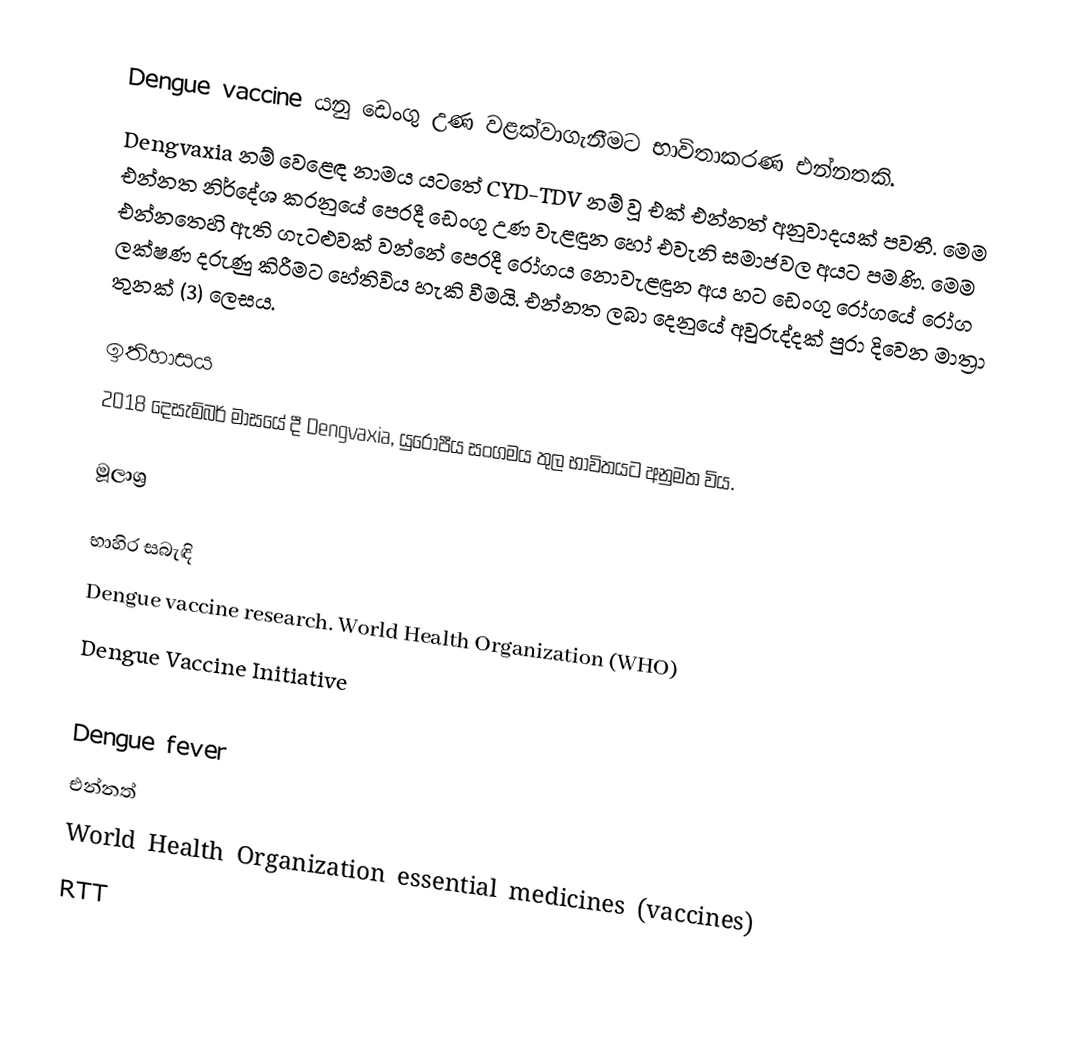
Dengue vaccine යනු ඩෙංගු උණ වළක්වාගැනීමට භාවිතාකරණ එන්නතකි.
Dengvaxia නම් වෙළෙඳ නාමය යටතේ CYD-TDV නම් වූ එක් එන්නත් අනුවාදයක් පවතී. මෙම එන්නත නිර්දේශ කරනුයේ පෙරදී ඩෙංගු උණ වැළඳුන හෝ එවැනි සමාජවල අයට පමණි. මෙම එන්නතෙහි ඇති ගැටළුවක් වන්නේ පෙරදී රෝගය නොවැළඳුන අය හට ඩෙංගු රෝගයේ රෝග ලක්ෂණ දරුණු කිරීමට හේතිවිය හැකි වීමයි. එන්නත ලබා දෙනුයේ අවුරුද්දක් පුරා දිවෙන මාත්‍රා තුනක් (3) ලෙසය.

ඉතිහාසය
2018 දෙසැම්බර් මාසයේ දී Dengvaxia, යුරෝපීය සංගමය තුල භාවිතයට අනුමත විය.

මූලාශ්‍ර

භාහිර සබැඳි
 Dengue vaccine research. World Health Organization (WHO)
 Dengue Vaccine Initiative

Dengue fever
එන්නත්
World Health Organization essential medicines (vaccines)
RTT